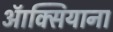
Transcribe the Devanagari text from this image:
ऑक्सियाना